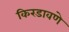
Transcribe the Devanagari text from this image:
किरडावणे